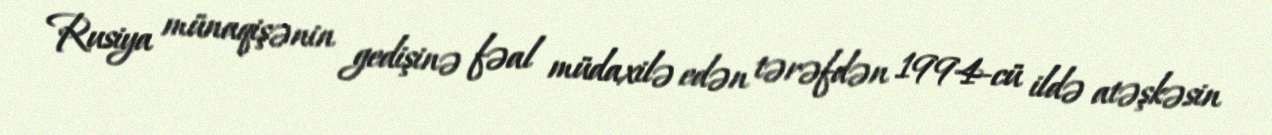
Rusiya münaqişənin gedişinə fəal müdaxilə edən tərəfdən 1994-cü ildə atəşkəsin